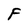
Character: F